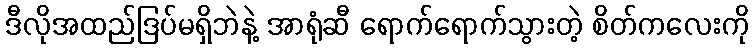
ဒီလိုအထည်ဒြပ်မရှိဘဲနဲ့ အာရုံဆီ ရောက်ရောက်သွားတဲ့ စိတ်ကလေးကို